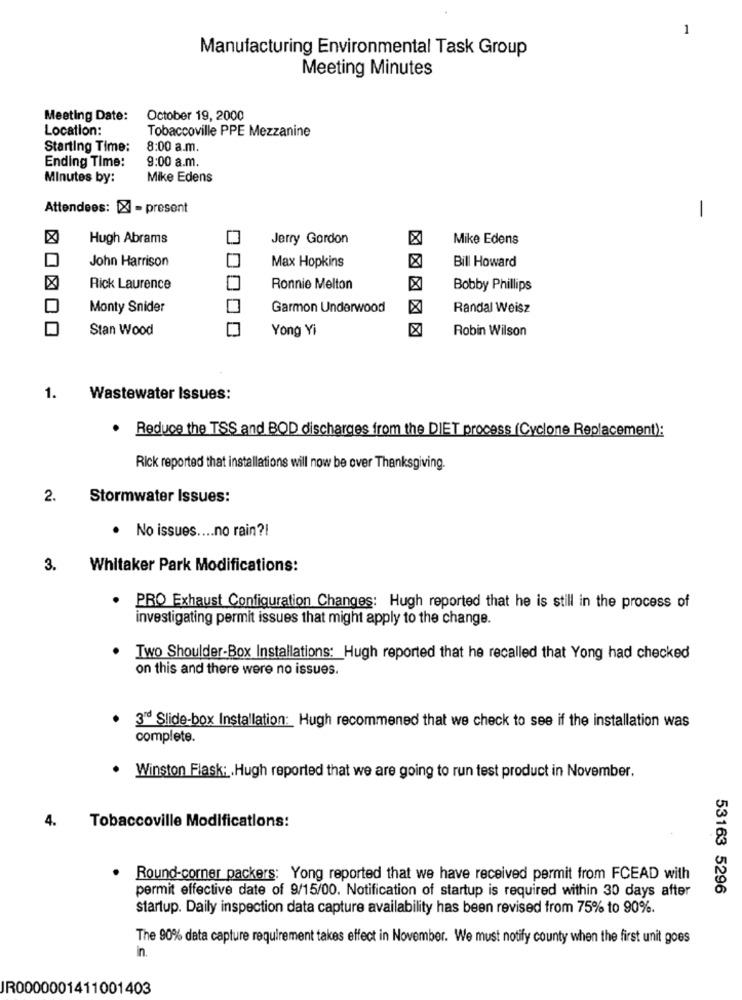
1
Manufacturing Environmental Task Group
Meeting Minutes
Meeting Date:
October 19, 2000
Location:
Tobaccoville PPE Mezzanine
Starting Time:
8:00 a.m.
9:00 a.m.
Ending Time:
Minutes by:
Mike Edens
Attendees: [X] - present
1
Hugh Abrams
Jerry Gordon
Mike Edens
John Harrison
Max Hopkins
Bill Howard
Rick Laurence
Ronnie Melton
Bobby Phillips
Monty Snider
Garmon Underwood
Randal Weisz
Stan Wood
Yong Yi
Robin Wilson
1.
Wastewater Issues:
. Reduce the TSS and BOD discharges from the DIET process (Cyclone Replacement):
Rick reported that installations will now be over Thanksgiving.
2. Stormwater Issues:
· No issues .... no rain ?!
3.
Whitaker Park Modifications:
PRO Exhaust Configuration Changes: Hugh reported that he is still in the process of
investigating permit issues that might apply to the change.
Two Shoulder-Box Installations: Hugh reported that he recalled that Yong had checked
on this and there were no issues.
3" Slide-box Installation: Hugh recommened that we check to see if the installation was
complete.
. Winston Flask: . Hugh reported that we are going to run test product in November.
4.
Tobaccoville Modifications:
Round-corner packers: Yong reported that we have received permit from FCEAD with
permit effective date of 9/15/00. Notification of startup is required within 30 days after
53163 5296
startup. Daily inspection data capture availability has been revised from 75% to 90%.
The 90% data capture requirement takes effect in November. We must notify county when the first unit goes
in.
JR0000001411001403